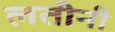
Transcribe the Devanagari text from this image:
लतीनी